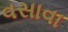
વસાવા